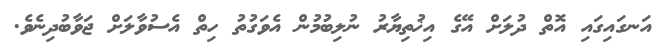
އަނގައިގައި އޮތް ދުލަށް އޭގެ އިޚުތިޔާރު ނުލިބުމުން އެވަގުތު ހިތް އެސުވާލަށް ޖަވާބުދިނެވެ.